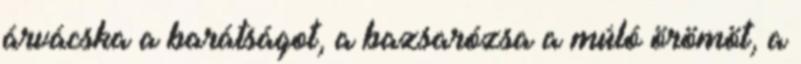
árvácska a barátságot, a bazsarózsa a múló örömöt, a